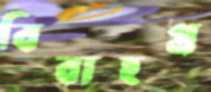
বিবাহপ্র